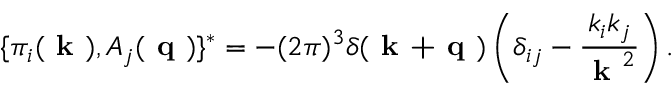
\{ \pi _ { i } ( \textbf { k } ) , A _ { j } ( \textbf { q } ) \} ^ { * } = - ( 2 \pi ) ^ { 3 } \delta ( \textbf { k + q } ) \left( \delta _ { i j } - \frac { k _ { i } k _ { j } } { \textbf { k } ^ { 2 } } \right) .